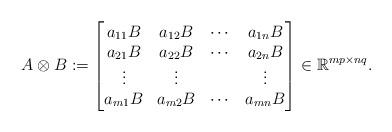
LaTeX: \begin{align*} A\otimes B:= \begin{bmatrix} a_{11}B &a_{12}B &\cdots &a_{1n}B\\ a_{21}B &a_{22}B &\cdots &a_{2n}B\\ \vdots &\vdots & &\vdots\\ a_{m1}B &a_{m2}B &\cdots &a_{mn}B \end{bmatrix} \in \mathbb R^{mp\times nq}.\end{align*}